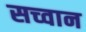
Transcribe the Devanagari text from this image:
सच्वान